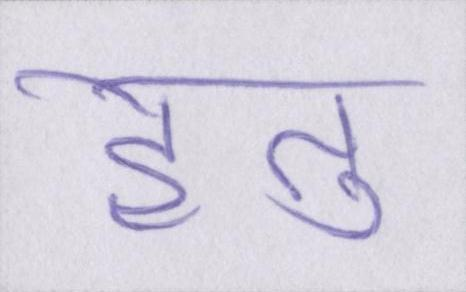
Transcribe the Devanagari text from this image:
हेतु